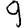
Digit: 9